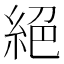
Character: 絕